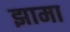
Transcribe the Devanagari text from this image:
झामा